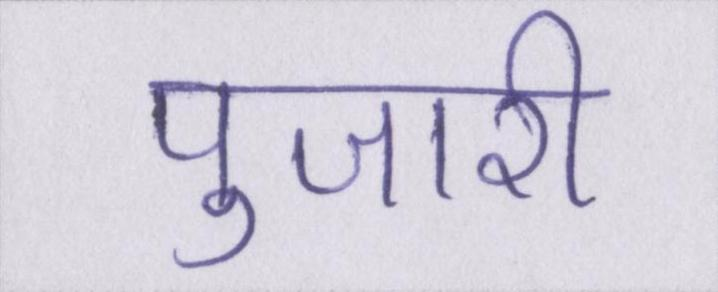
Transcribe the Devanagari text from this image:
पुजारी